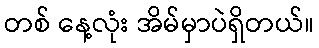
တစ် နေ့လုံး အိမ်မှာပဲရှိတယ်။